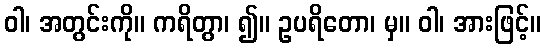
ဝါ၊ အတွင်းကို။ ကရိတွာ၊ ၍။ ဥပရိတော၊ မှ။ ဝါ၊ အားဖြင့်။